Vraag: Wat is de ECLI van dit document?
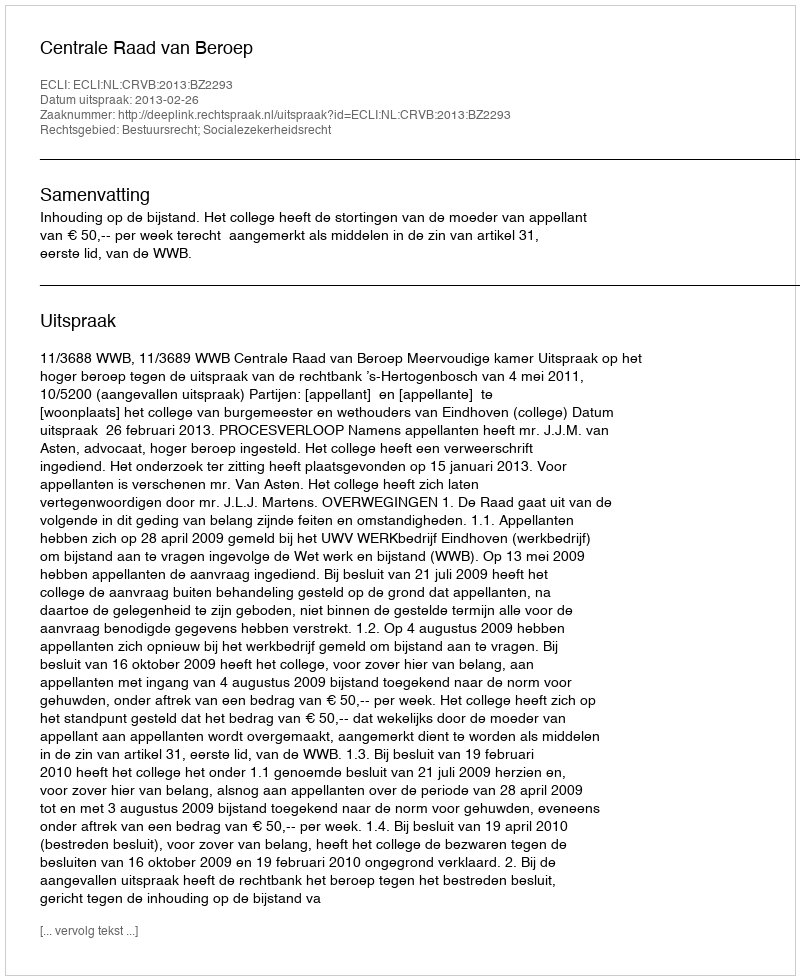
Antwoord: ECLI:NL:CRVB:2013:BZ2293